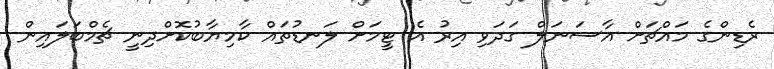
ރެޑިންގެ މައްޗަށް އާސަނަލް ގަދަވި އިރު އެ ޓީމަށް ލަނޑުތައް ކާމިޔާބުކޮށްދިނީ ޗެމްބަލައިން